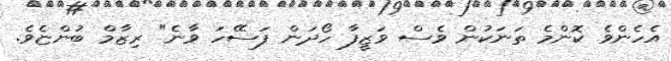
އެހެންވެ ކޮންމެ ތަނަކުން ވެސް ވަޒީފާ ހޯދަން ފަސޭހަ ވާނެ" ރިޒާމް ބުންޏެވެ.